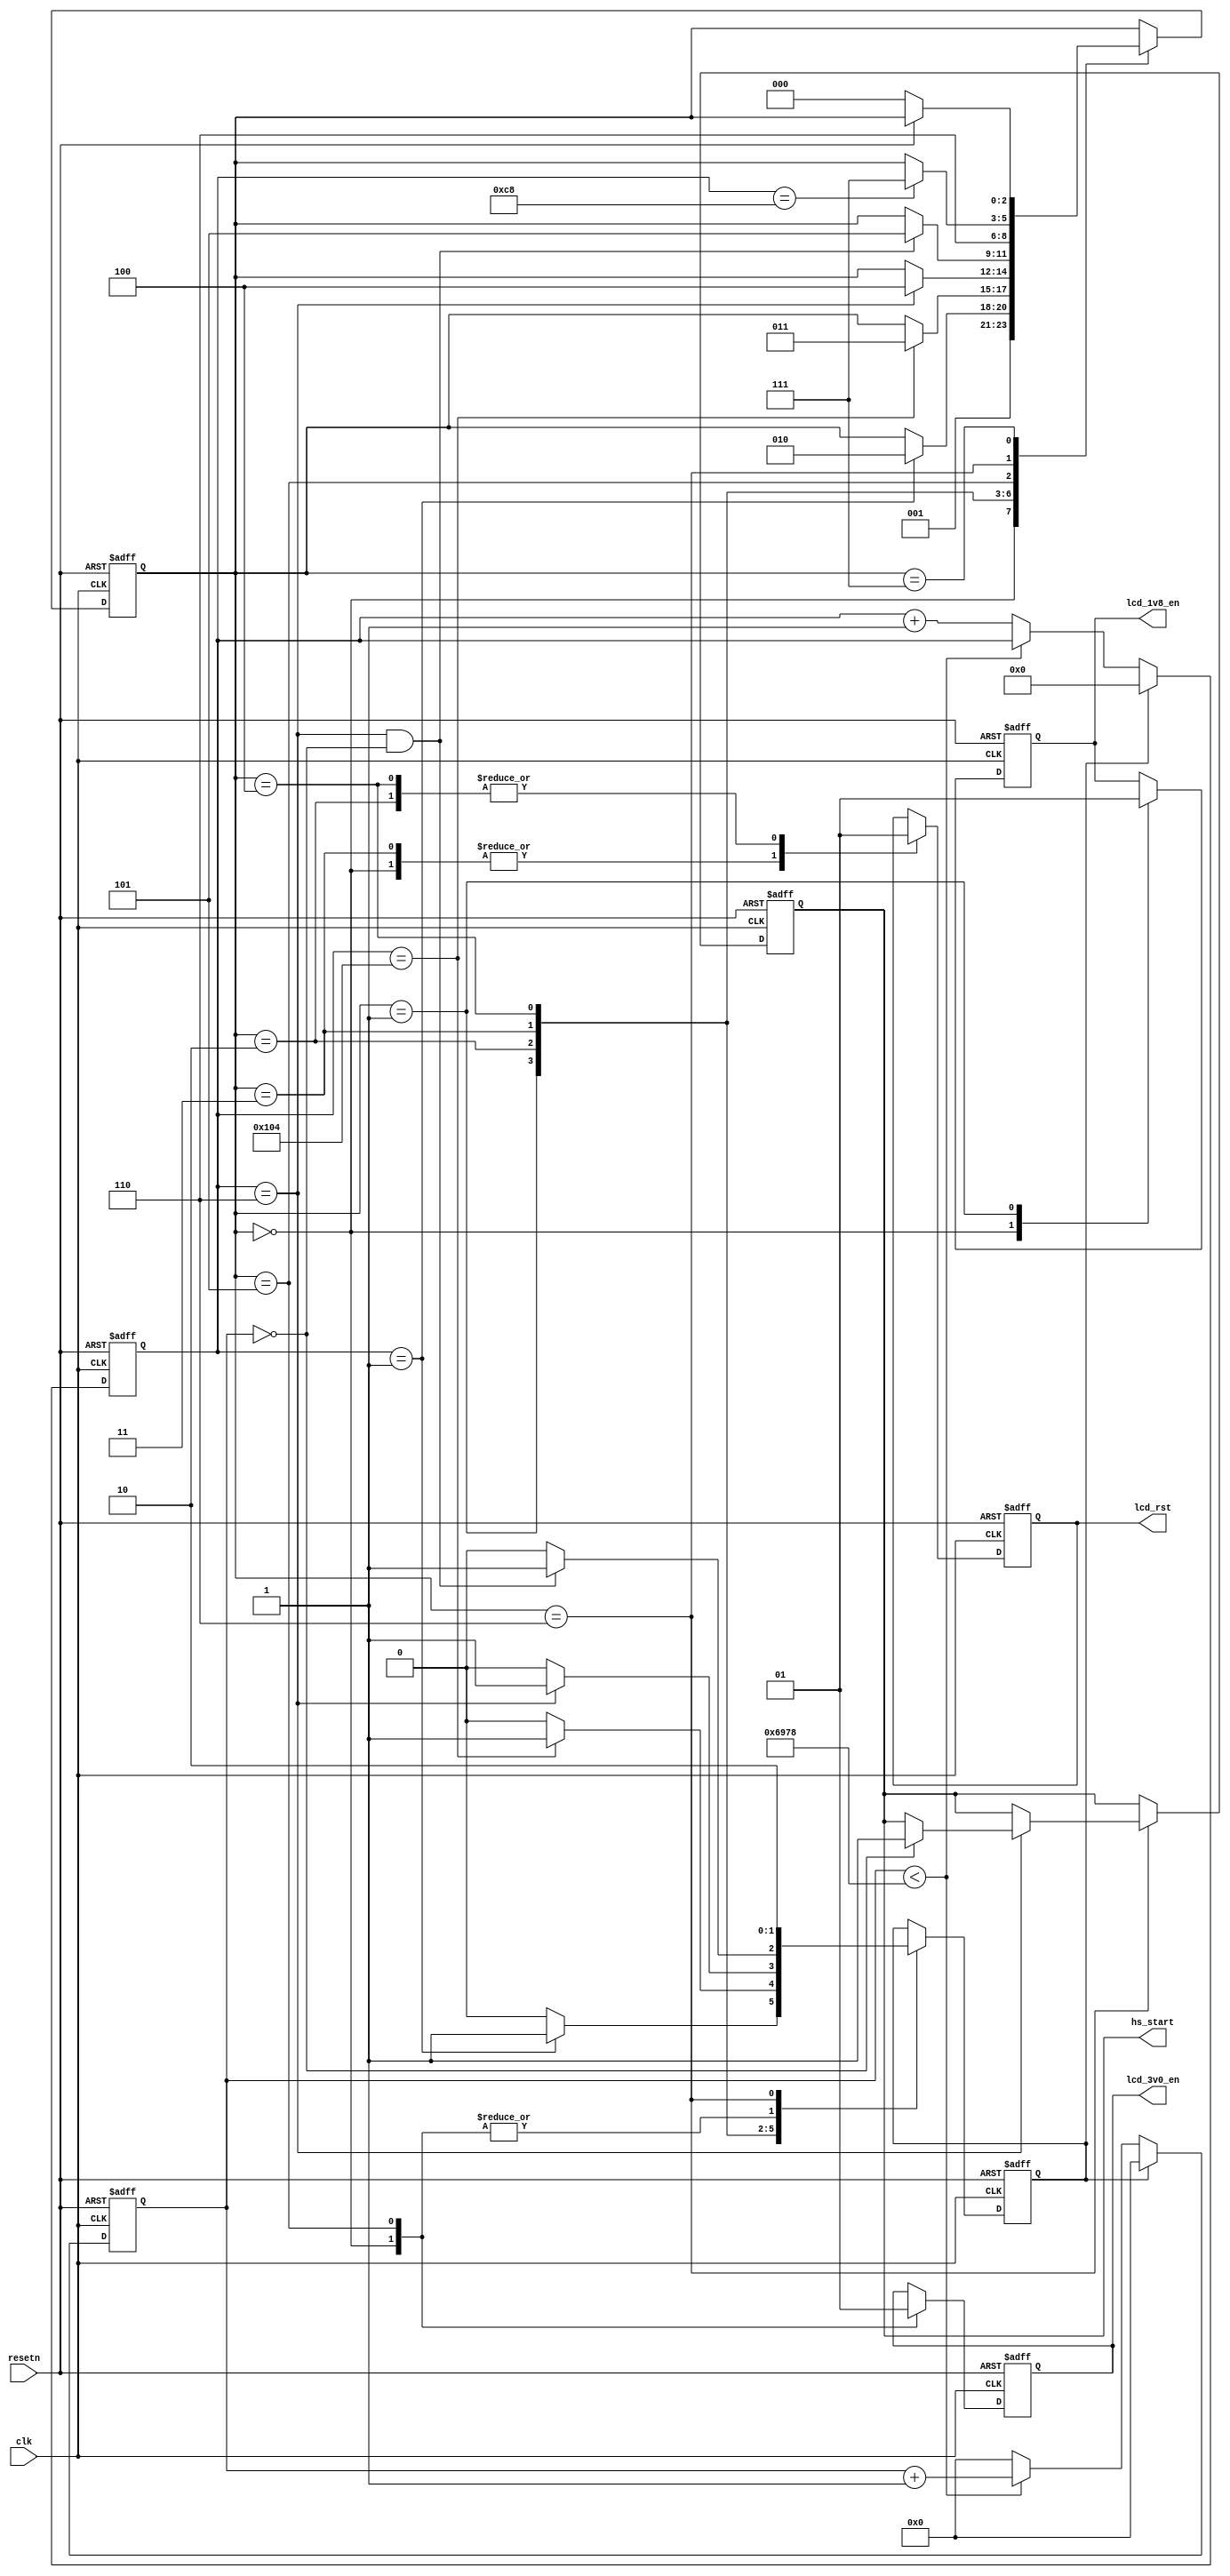
module pwr_sq_ctrl(
   input             clk,
   input             resetn,
   output            lcd_rst,
   output            lcd_1v8_en,
   output            lcd_3v0_en,
   output  reg       hs_start
);

//5ms timer
localparam ST_IDLE = 0;
localparam ST_1V8_UP = 1;
localparam ST_RES_UP = 2;
localparam ST_RES_DW = 3;
localparam ST_RES_UP1 = 4;
localparam ST_3V0_UP = 5;
localparam ST_CMD11 = 6;
localparam ST_SYS_RUN = 7;

localparam TIMER_CNT_1MS = 27000;

reg        lcd_rst;
reg        lcd_1v8_en;
reg        lcd_3v0_en;
reg [2:0]  state;
reg [15:0] timer;
reg [10:0] timer_1ms;
reg        timer_out;
reg        clr_timer;


always @(posedge clk or negedge resetn)
begin
   if (~resetn)
   begin
      timer <= 0;
      timer_out <= 0;
      timer_1ms <= 0;
   end
   else if (clr_timer)
   begin
      timer <= 0;
      timer_out <= 0;
      timer_1ms <= 0;
   end
   else if (timer <TIMER_CNT_1MS)
   begin  //1ms with 9MHz clk
      timer <= timer +1;
      timer_out <= 0;
   end
   else
   begin
      timer      <= 0;
      timer_1ms  <= timer_1ms + 1;
   end
end

//Generate l.8v_en,3.3v_en,reset control according to LH154Q lcd display screen
always @(posedge clk or negedge resetn)
begin
   if (~resetn)
   begin
      state      <= ST_IDLE;
      clr_timer  <= 1;
      lcd_1v8_en <= 0;
      lcd_rst    <= 0;
      lcd_3v0_en <= 0;
      hs_start   <= 0;
   end
   else
   begin
       case (state)
       ST_IDLE :
       begin
          state <= ST_1V8_UP;
          clr_timer <= 1;
          lcd_1v8_en <= 0;
          lcd_rst <= 0;
          lcd_3v0_en <= 0;
       end
       ST_1V8_UP :
       begin
          lcd_1v8_en <= 1;
          clr_timer <= 0;
          if (timer_1ms==1)
          begin   //5ms
             clr_timer <= 1;
             state <= ST_RES_UP;
          end
       end
       ST_RES_UP :
       begin
          lcd_rst <= 1;
          clr_timer <= 0;
          if (timer_1ms==260)
          begin   //250ms
             clr_timer <= 1;
             state <= ST_RES_DW;
          end
       end
       ST_RES_DW :
       begin
          lcd_rst <= 0;
          clr_timer <= 0;
          if (timer_1ms==6 )
          begin //5ms
             clr_timer <= 1;
             state <= ST_RES_UP1;
          end
       end
       ST_RES_UP1 :
       begin
          lcd_rst <= 1;
          clr_timer <= 0;
          if (timer_1ms==6 && timer==0)
          begin  //5ms
             clr_timer <= 1;
             state <= ST_3V0_UP;
          end
       end
       ST_3V0_UP :
       begin
          lcd_3v0_en <= 1;
          clr_timer <= 0;
          clr_timer <= 1;
          state <= ST_CMD11;
       end
       ST_CMD11 :
       begin
          if (timer_1ms==6 )
             hs_start<=(timer==0)?1:hs_start; ///set low before system_down

          clr_timer <= 0;
          if (timer_1ms==200 )
          begin
             clr_timer <= 0; ////keep running for PWM control;
             state <= ST_SYS_RUN;
          end
       end
       ST_SYS_RUN :
       begin
          if (~resetn)
             state <= ST_IDLE;
       end
       default :
       begin
          state <= ST_IDLE;
       end
       endcase
   end
end

// // SB IO instance  for LCD Display power up sequence
// SB_IO_OD                       inst_lcd_rst                 (
//    .PACKAGEPIN                 (pwr_lcd_rst                 ),
//    .LATCHINPUTVALUE            (1'b0                        ),
//    .CLOCKENABLE                (1'b0                        ),
//    .INPUTCLK                   (1'b0                        ),
//    .OUTPUTCLK                  (1'b0                        ),
//    .OUTPUTENABLE               (1'b0                        ),
//    .DOUT0                      (lcd_rst                     ),
//    .DOUT1                      (1'b0                        ),
//    .DIN0                       (                            ),
//    .DIN1                       (                            )
// );
// defparam inst_lcd_rst.PIN_TYPE = 6'b011000;
// defparam inst_lcd_rst.NEG_TRIGGER = 1'b0;
//
// SB_IO_OD                       inst_lcd_1v8_en              (
//    .PACKAGEPIN                 (pwr_lcd_1v8_en              ),
//    .LATCHINPUTVALUE            (1'b0                        ),
//    .CLOCKENABLE                (1'b0                        ),
//    .INPUTCLK                   (1'b0                        ),
//    .OUTPUTCLK                  (1'b0                        ),
//    .OUTPUTENABLE               (1'b0                        ),
//    .DOUT0                      (lcd_1v8_en                  ),
//    .DOUT1                      (1'b0                        ),
//    .DIN0                       (                            ),
//    .DIN1                       (                            )
// );
// defparam inst_lcd_1v8_en.PIN_TYPE = 6'b011000;
// defparam inst_lcd_1v8_en.NEG_TRIGGER = 1'b0;
//
// SB_IO_OD                       inst_lcd_3v0_en              (
//    .PACKAGEPIN                 (pwr_lcd_3v0_en              ),
//    .LATCHINPUTVALUE            (1'b0                        ),
//    .CLOCKENABLE                (1'b0                        ),
//    .INPUTCLK                   (1'b0                        ),
//    .OUTPUTCLK                  (1'b0                        ),
//    .OUTPUTENABLE               (1'b0                        ),
//    .DOUT0                      (lcd_3v0_en                  ),
//    .DOUT1                      (1'b0                        ),
//    .DIN0                       (                            ),
//    .DIN1                       (                            )
// );
// defparam inst_lcd_3v0_en.PIN_TYPE = 6'b011000;
// defparam inst_lcd_3v0_en.NEG_TRIGGER = 1'b0;
endmodule